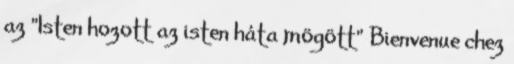
az "Isten hozott az isten háta mögött" Bienvenue chez